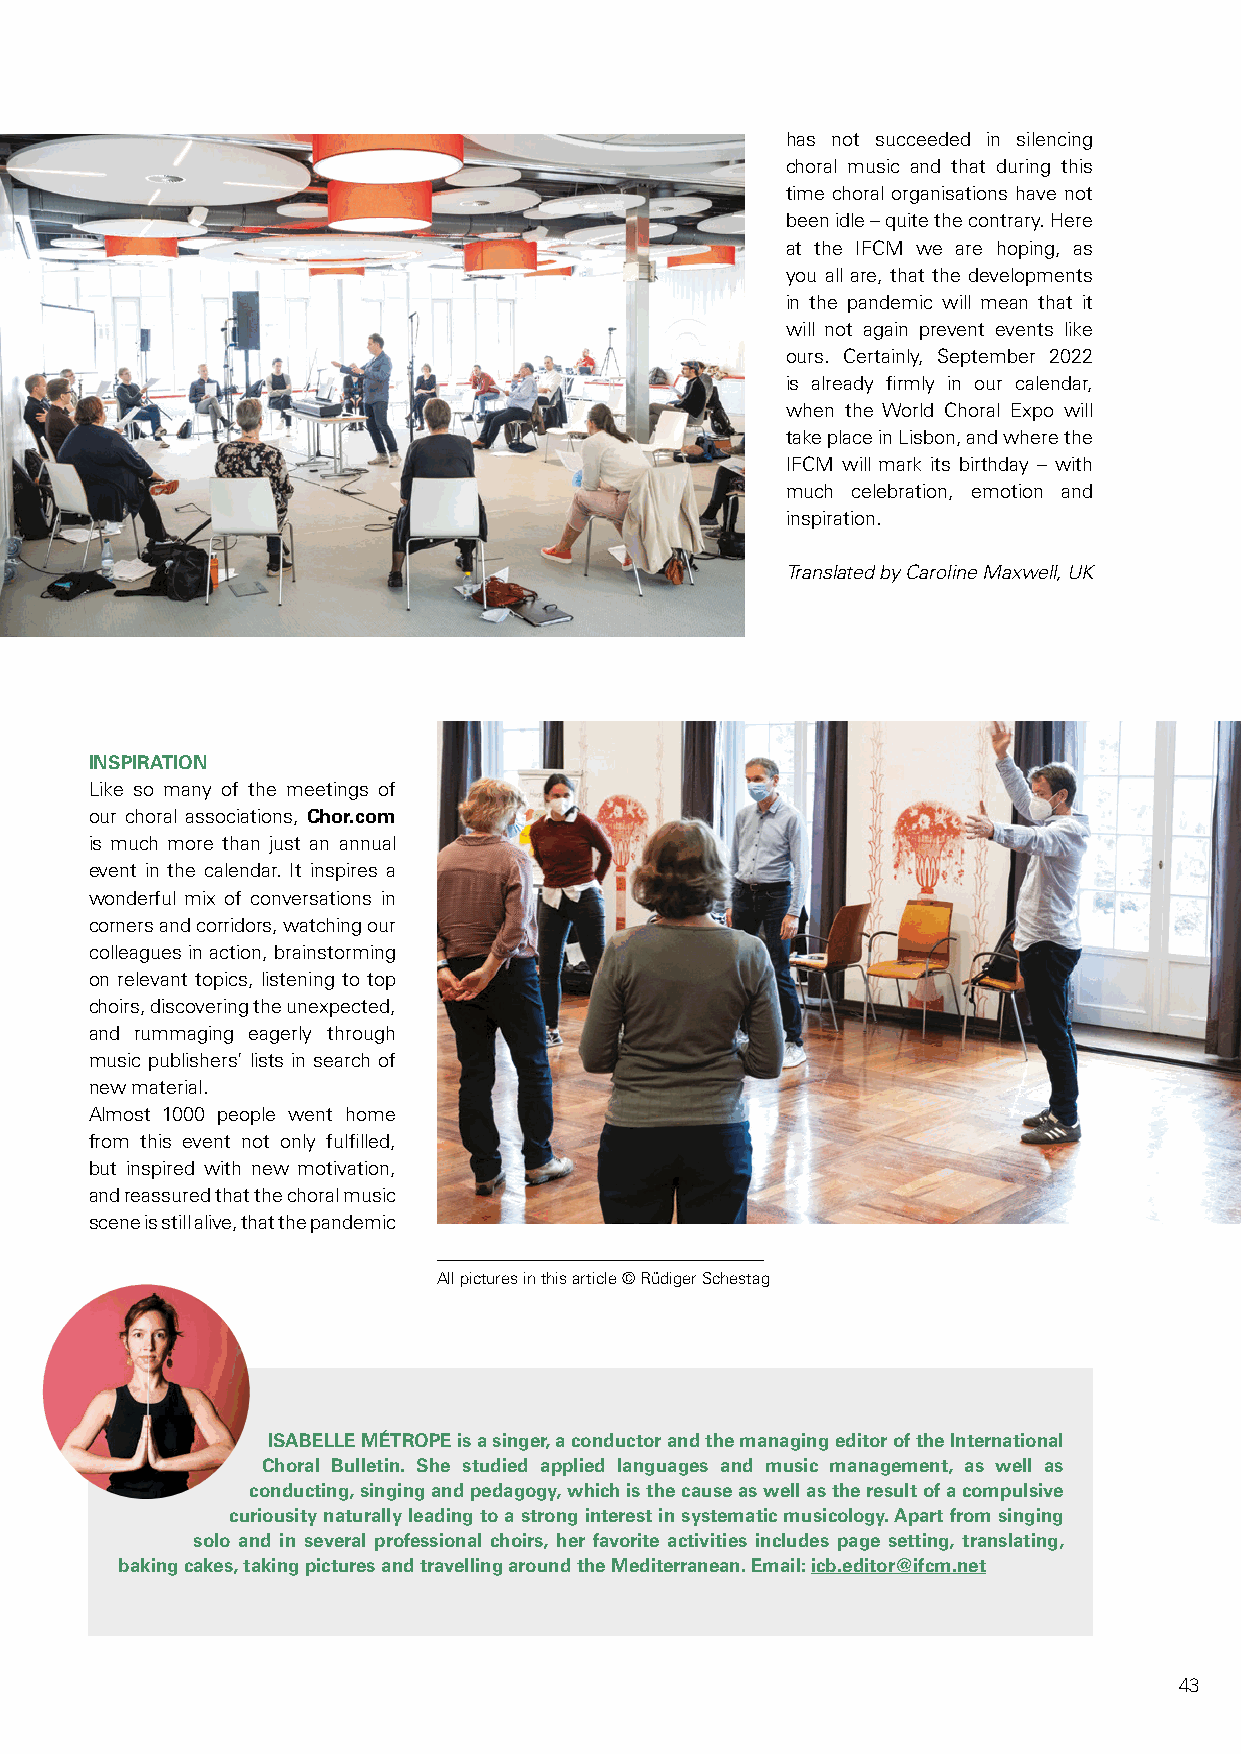
has not succeeded in silencing
 choral music and that during this
 time choral organisations have not
 been idle – quite the contrary. Here
 at the IFCM we are hoping, as
 you all are, that the developments
 in the pandemic will mean that it
 will not again prevent events like
 ours. Certainly, September 2022
 is already firmly in our calendar,
 when the World Choral Expo will
 take place in Lisbon, and where the
 IFCM will mark its birthday – with
 much celebration, emotion and
 inspiration.
 Translated by Caroline Maxwell, UK
 INSPIRATION
 Like so many of the meetings of
 our choral associations, Chor.com
 is much more than just an annual
 event in the calendar. It inspires a
 wonderful mix of conversations in
 corners and corridors, watching our
 colleagues in action, brainstorming
 on relevant topics, listening to top
 choirs, discovering the unexpected,
 and rummaging eagerly through
 music publishers’ lists in search of
 new material.
 Almost 1000 people went home
 from this event not only fulfilled,
 but inspired with new motivation,
 and reassured that the choral music
 scene is still alive, that the pandemic
 All pictures in this article © Rüdiger Schestag
 ISABELLE MÉTROPE is a singer, a conductor and the managing editor of the International
 Choral Bulletin. She studied applied languages and music management, as well as
 conducting, singing and pedagogy, which is the cause as well as the result of a compulsive
 curiousity naturally leading to a strong interest in systematic musicology. Apart from singing
 solo and in several professional choirs, her favorite activities includes page setting, translating,
 baking cakes, taking pictures and travelling around the Mediterranean. Email: icb.editor@ifcm.net
 43